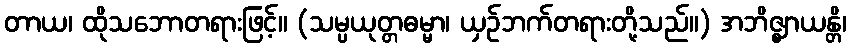
တာယ၊ ထိုသဘောတရားဖြင့်။ (သမ္ပယုတ္တဓမ္မာ၊ ယှဉ်ဘက်တရားတို့သည်။) အဘိဇ္ဈာယန္တိ၊